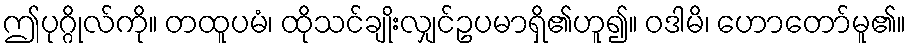
ဤပုဂ္ဂိုလ်ကို။ တထူပမံ၊ ထိုသင်ချိုးလျှင်ဥပမာရှိ၏ဟူ၍။ ဝဒါမိ၊ ဟောတော်မူ၏။